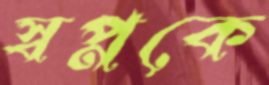
স্বপ্নকে